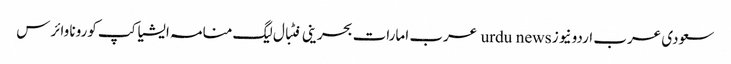
سعودی عرب اردو نیوز urdu news عرب امارات بحرینی فٹبال لیگ منامہ ایشیا کپ کورونا وائرس